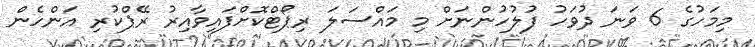
މިމަހުގެ 6 ވަނަ ދުވަހު ފުލުހުންނަށް މި މައްސަލަ ރިޕޯޓްކޮށްފައިވާއިރު ރޭޕްކުރި އަންހެން